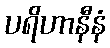
ပရိဟာနီနံ